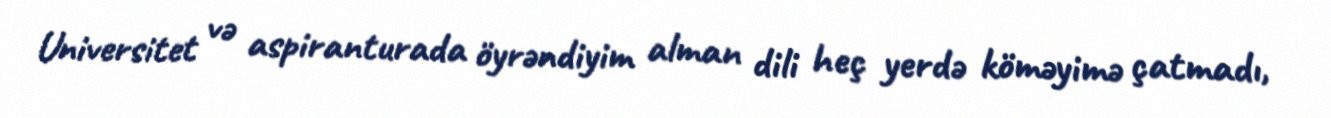
Universitet və aspiranturada öyrəndiyim alman dili heç yerdə köməyimə çatmadı,